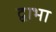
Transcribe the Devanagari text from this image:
द्वाभा